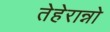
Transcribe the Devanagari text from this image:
तेहेरान्नो